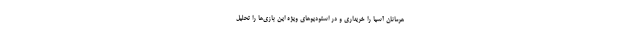
هرمانان آسیا را خریداری و در استودیوهای ویژه این بازی‌ها را تحلیل